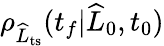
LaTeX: \rho_{\widehat{L}_{\mathrm{ts}}}(t_{f}|\widehat{L}_{0},t_{0})